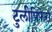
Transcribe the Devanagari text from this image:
टुलीपिफेरा